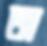
অ